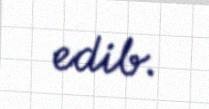
edib.